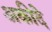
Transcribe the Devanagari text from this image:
अकीदे